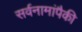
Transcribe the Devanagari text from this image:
सर्वनामांपैकी